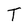
Character: T